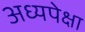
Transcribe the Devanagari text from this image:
अध्यपेक्षा